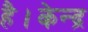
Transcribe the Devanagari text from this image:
है।केन्द्र